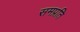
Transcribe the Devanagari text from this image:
समप्रति